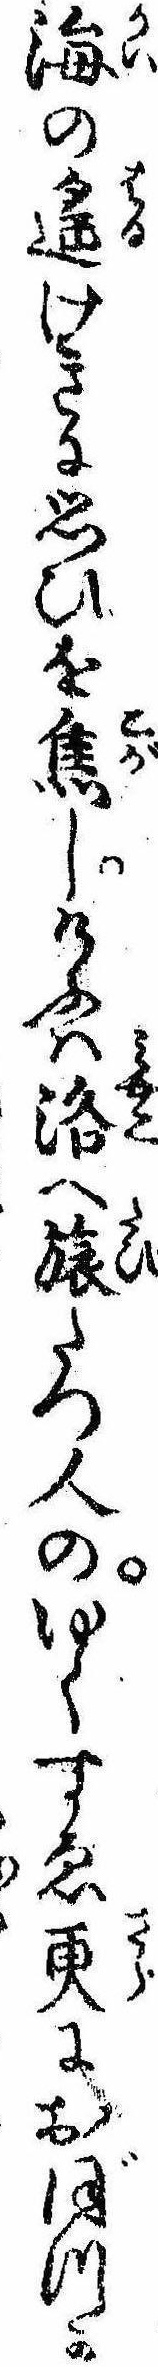
海の遥けきに思ひを焦しけふは洛へ旅たつ人のゆくすゑ更におぼつか